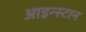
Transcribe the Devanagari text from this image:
आइन्स्टान